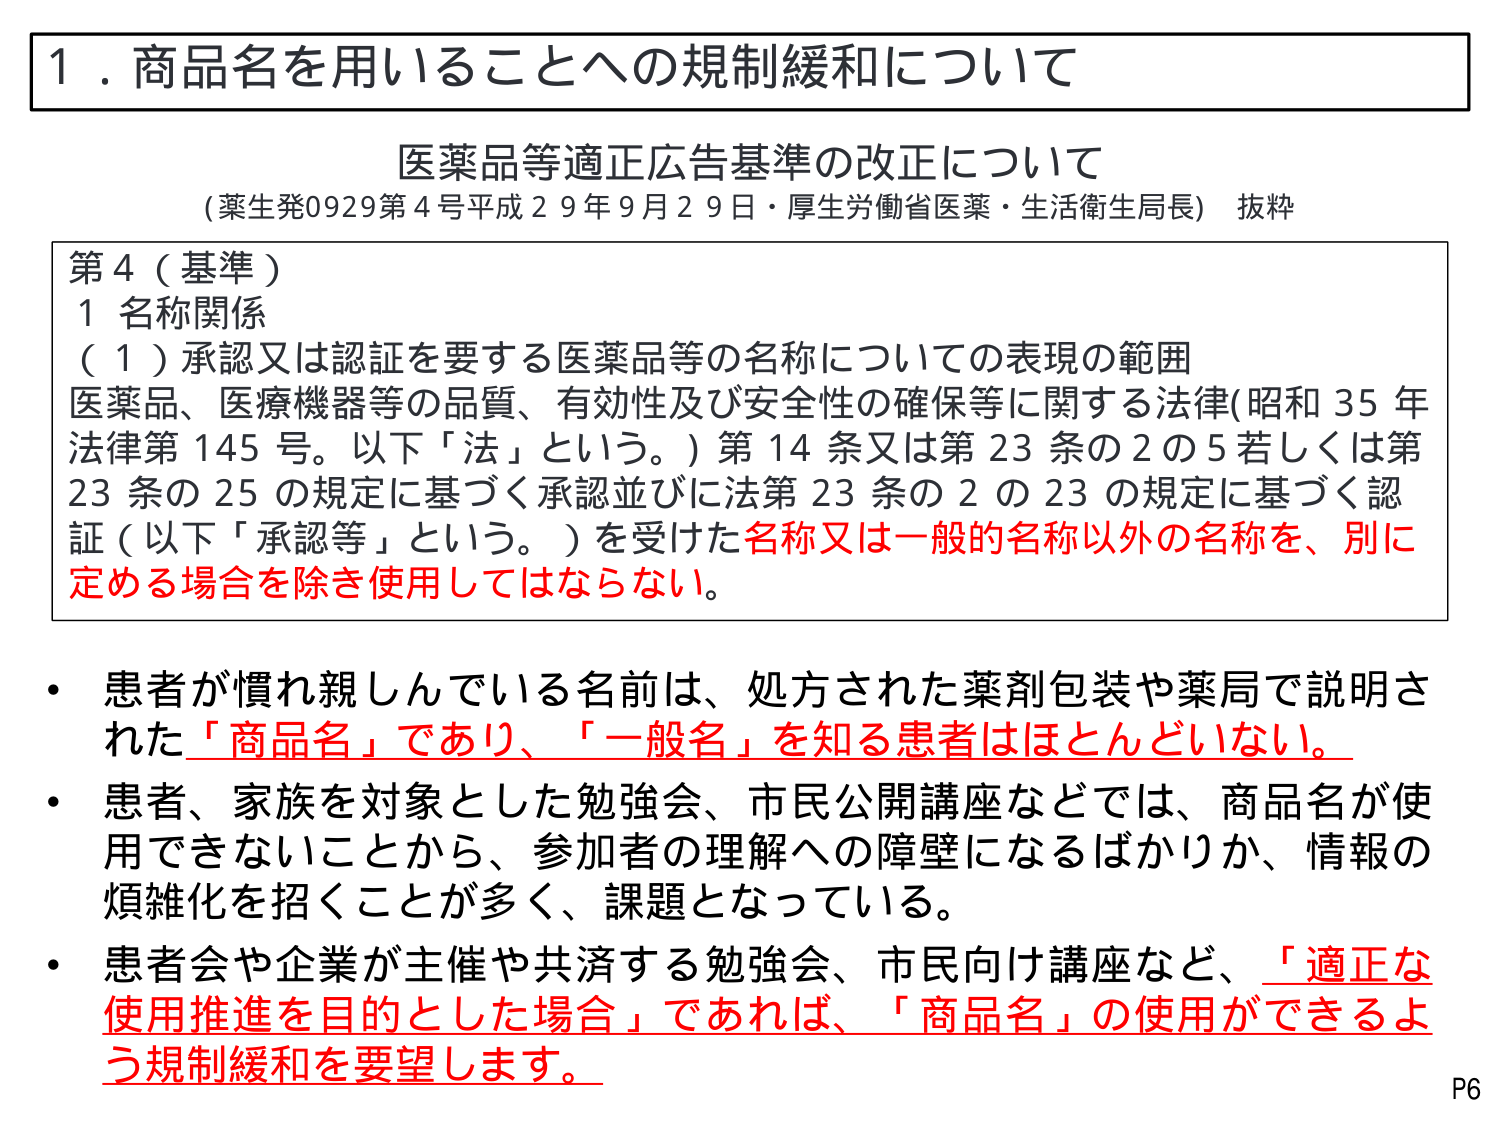
1．商品名を用いることへの規制緩和について

医薬品等適正広告基準の改正について
（薬生発0929第4号 平成29年9月29日・厚生労働省医薬・生活衛生局長） 抜粋

第4（基準）
1 名称関係
（1）承認又は認証を要する医薬品等の名称についての表現の範囲
医薬品、医療機器等の品質、有効性及び安全性の確保等に関する法律（昭和35年法律第145号。以下「法」という。）第14条又は第23条の2の5若しくは第23条の25の規定に基づく承認並びに法第23条の2の23の規定に基づく認証（以下「承認等」という。）を受けた名称又は一般的名称以外の名称を、別に定める場合を除き使用してはならない。

・患者が慣れ親しんでいる名前は、処方された薬剤包装や薬局で説明された「商品名」であり、「一般名」を知る患者はほとんどいない。
・患者、家族を対象とした勉強会、市民公開講座などでは、商品名が使用できないことから、参加者の理解への障壁になるばかりか、情報の煩雑化を招くことが多く、課題となっている。
・患者会や企業が主催や共済する勉強会、市民向け講座など、「適正な使用推進を目的とした場合」であれば、「商品名」の使用ができるよう規制緩和を要望します。

P6